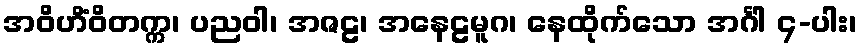
အဝိဟိံဝိတက္က၊ ပညဝါ၊ အဇဠ၊ အနေဠမူဂ၊ နေထိုက်သော အင်္ဂါ ၄-ပါး၊